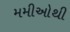
મમીઓથી